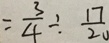
= \frac { 3 } { 4 } \div \frac { 1 7 } { 2 0 }